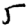
Digit: 5